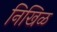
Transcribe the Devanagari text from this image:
निखिळ